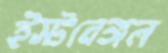
ইস্টবেঙ্গল